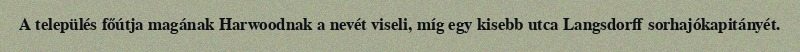
A település főútja magának Harwoodnak a nevét viseli, míg egy kisebb utca Langsdorff sorhajókapitányét.